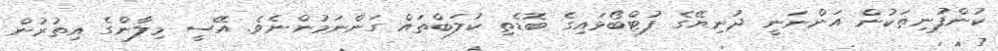
ކުންފުނިތަކުން އަންނަނީ ދުނިޔޭގެ ފުޓްބޯޅައިގެ ބޮޑެތި ކުލަބްތައް ގަންނަމުންނެވެ. އޭސީ މިލާންގެ އިތުރުން